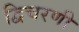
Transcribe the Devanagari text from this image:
द्विचरणी